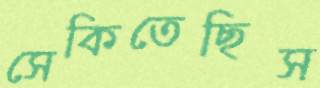
সেকিতেছিস